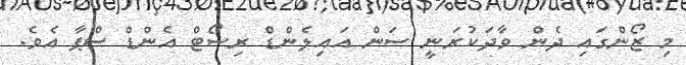
މި ޒޯންގައި ދެން ވާދަކުރަނީ ސަން އައިލެންޑް ރިސޯޓް އެންޑް ސްޕާ އެވެ.